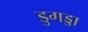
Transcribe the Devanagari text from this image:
डुगड्डा